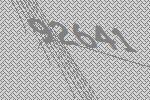
92641